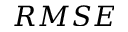
R M S E